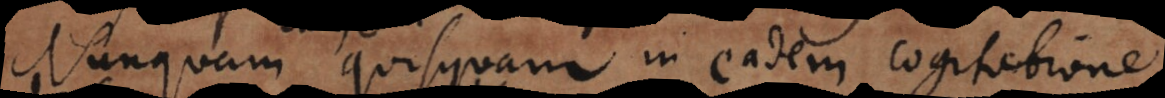
Nunquam quisquam in eadem cogitatione